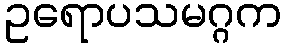
ဥရောပသမဂ္ဂက